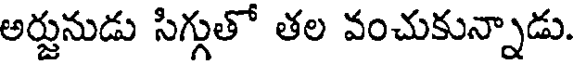
అర్జునుడు సిగ్గుతో తల వంచుకున్నాడు.